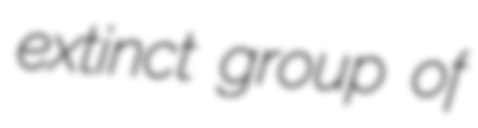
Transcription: extinct group of